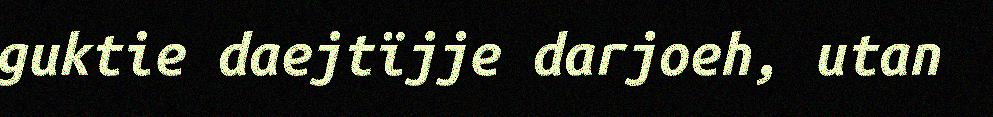
guktie daejtïjje darjoeh, utan